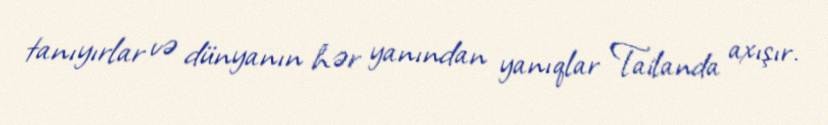
tanıyırlar və dünyanın hər yanından yanıqlar Tailanda axışır.